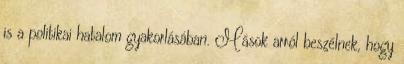
is a politikai hatalom gyakorlásában. Mások arról beszélnek, hogy